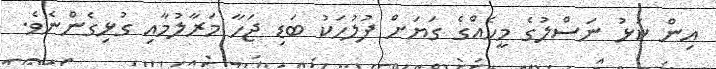
އިން ކަޅު ނަސްލުގެ މީހެއްގެ ގަޔަށް ފުލުހަކު ބަޑި ޖަހާ މަރާލުމާއި ގުޅިގެންނެވެ.